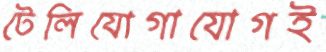
টেলিযোগাযোগই